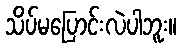
သိပ်မပြောင်းလဲပါဘူး။